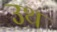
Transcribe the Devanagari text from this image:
उथ